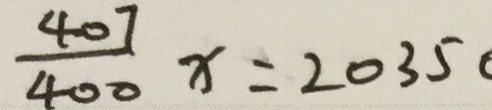
\frac { 4 0 7 } { 4 0 0 } x = 2 0 3 5 0